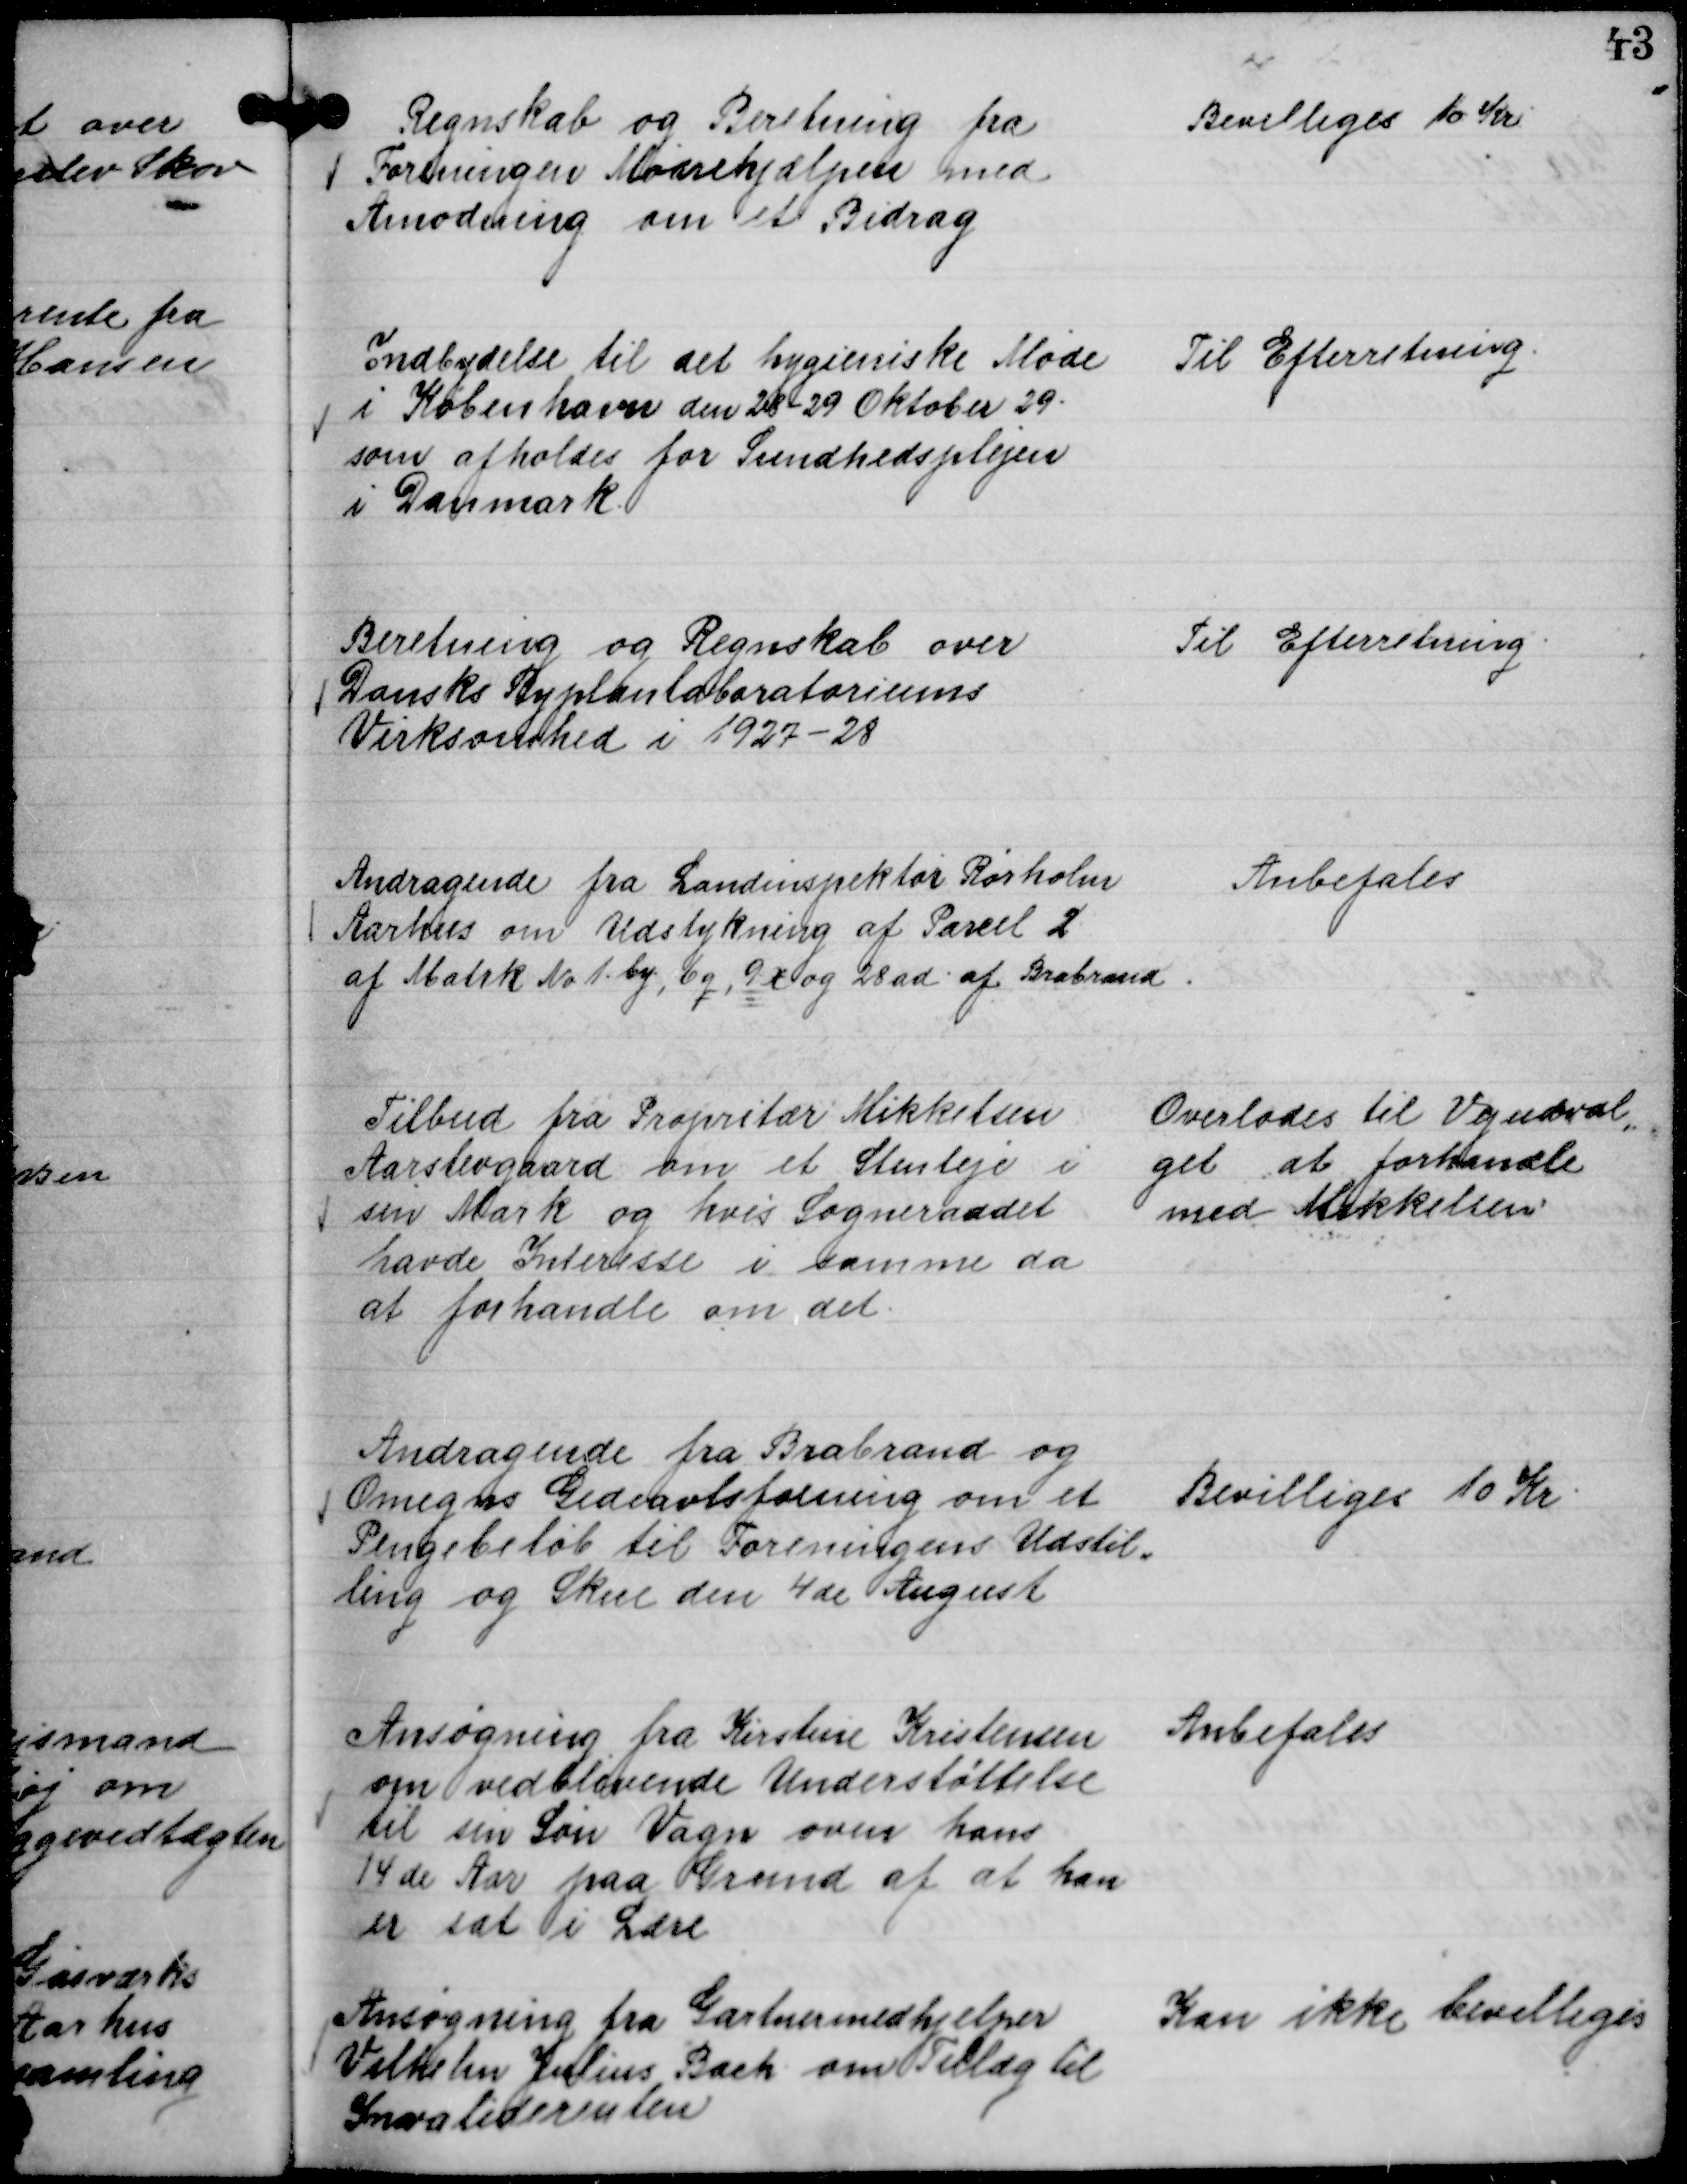
Transskription:
Regnskab og Beretning fra
Foreningen Mødrehjælpen med
Amodning om et Bidrag

Bevilliges 10 Kr

Indbydelse til det hygieniske Møde
i København den 28 - 29 Oktober 29.
som afholdes for Sundhedsplejen
i Danmark.

Til Efterretning.

Beretning og Regnskab over
Dansks Byplanlaboratoriums
Virksomhed i 1927 - 28

Til Efterretning.

Andragende fra Landinspektør Rørholm
Aarhus om Udstykning af Parcel 2
af Matrk No 1. by, 6 q, 9 x og 28 ad af Brabrand

Anbefales

Tilbud fra Propritær Mikkelsen
Aarslevgaard om et Stenleje i
sin Mark og hvis Sogneraadet
havde Interesse i samme da
at forhandle om det.

Overlodes til Vejudval,,
get at forhandle
med Mikkelsen

Andragende fra Brabrand og
Omegns Gedeavlsfoening om et
Pengebeløb til Foreningens Udstil,,
ling og Skue den 4 de August

Bevilliges 10 Kr

Ansøgning fra Kirstine Kristensen
om vedblivende Understøttelse
til sin Søn Vagn oven hans
14 de Aar paa Grund af at han
er sat i Lære

Anbefales

Ansøgning fra Gartnermedhjælper
Vilhelm Julius Bach om Tillæg til
Invaliderenten

Kan ikke bevilliges